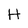
Character: H